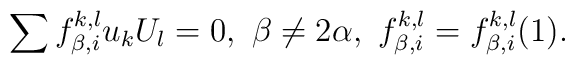
\sum f_{\beta,i}^{k,l}u_kU_l=0,\,\, \beta\not=2\alpha,\,\,f_{\beta,i}^{k,l}=f_{\beta,i}^{k,l}(1).